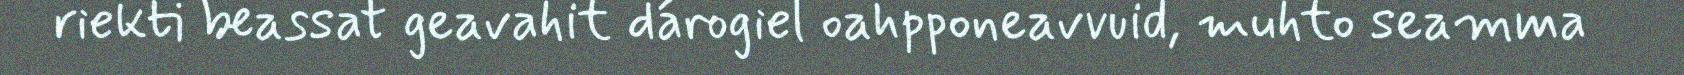
riekti beassat geavahit dárogiel oahpponeavvuid, muhto seamma